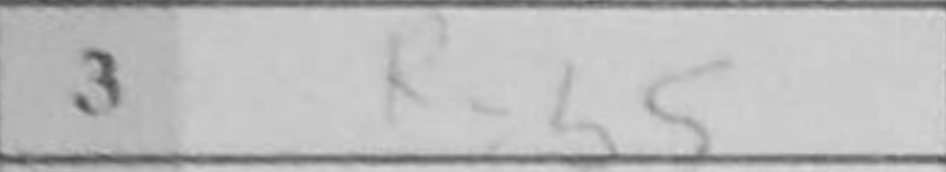
Transcription: Rxb5